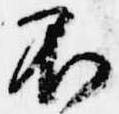
不